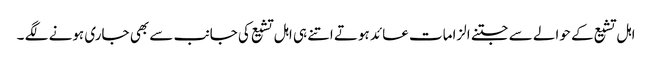
اہل تشیع کے حوالے سے جتنے الزامات عائد ہوتے اتنے ہی اہل تشیع کی جانب سے بھی جاری ہونے لگے ۔